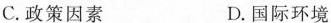
C.政策因素 D.国际环境